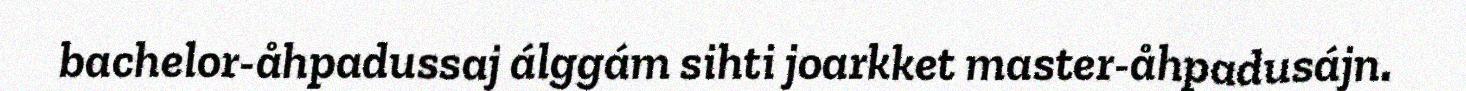
bachelor-åhpadussaj álggám sihti joarkket master-åhpadusájn.